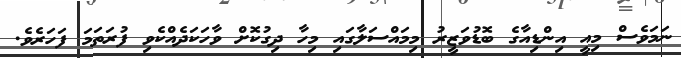
ނަމަވެސް މިއީ އިންޑިއާގެ ބޮޑުވަޒީރު މިމައްސަލާގައި މިހާ ދިގުކޮށް ވާހަކަދެއްކެވި ފުރަތަމަ ފަހަރެވެ.